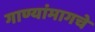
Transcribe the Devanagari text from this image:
गाण्यांमागचे